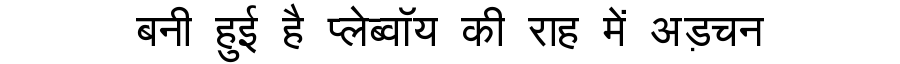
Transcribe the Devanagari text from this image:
बनी हुई है प्लेब्वॉय की राह में अड़चन